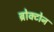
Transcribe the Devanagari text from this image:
ब्रोक्टोन